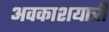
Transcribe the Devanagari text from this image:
अवकाशयात्री